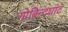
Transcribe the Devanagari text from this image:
गोबिन्दघाट